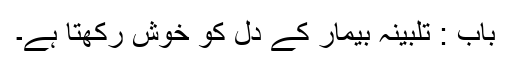
باب : تلبینہ بیمار کے دل کو خوش رکھتا ہے۔